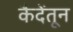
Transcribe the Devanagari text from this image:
कैदेंतून